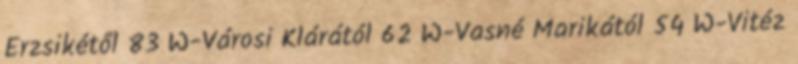
Erzsikétől 83 W-Városi Klárától 62 W-Vasné Marikától 54 W-Vitéz